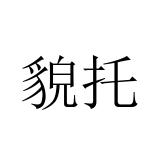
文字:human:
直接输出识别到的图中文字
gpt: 貌托